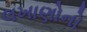
લખાણોનો